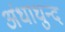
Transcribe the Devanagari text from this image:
अंधाधुन्द